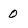
Character: 0